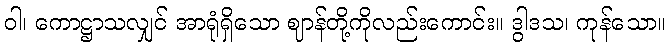
ဝါ၊ ကောဋ္ဌာသလျှင် အာရုံရှိသော ဈာန်တို့ကိုလည်းကောင်း။ ဒွါဒသ၊ ကုန်သော။